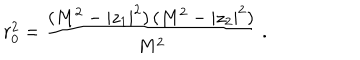
r _ { 0 } ^ { 2 } = \frac { ( M ^ { 2 } - | z _ { 1 } | ^ { 2 } ) \, ( M ^ { 2 } - | z _ { 2 } | ^ { 2 } ) } { M ^ { 2 } } \ .